Scottish Certificate of Education, 1962
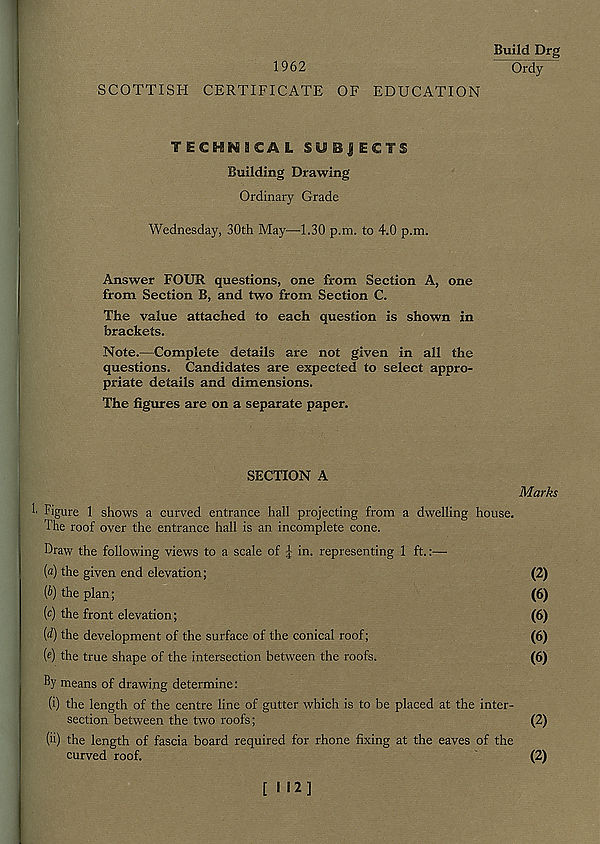
Build Drg
1962
Ordy
SCOTTISH CERTIFICATE OF EDUCATION
TICKWaCAL SUBJECTS
Building Drawing
Ordinary Grade
Wednesday, 30th May—1.30 p.m. to 4.0 p.m.
Answer FOUR questions, one from Section A, one
from Section B, and two from Section C.
The value attached to each question is shown in
brackets.
Note.—Complete details are not given in all the
questions. Candidates are expected to select appro-
priate details and dimensions.
The figures are on a separate paper.
SECTION A
Marks
Figure 1 shows a curved entrance hall projecting from a dwelling house.
The roof over the entrance hall is an incomplete cone.
Draw the following views to a scale of -j ; - in. representing 1 ft.:—
[a) the given end elevation;
(2)
{b) the plan;
(6)
i c ) the front elevation;
(6)
{d) the development of the surface of the conical roof;
(6)
( e ) the true shape of the intersection between the roofs.
(6)
% means of drawing determine:
(i) the length of the centre line of gutter which is to be placed at the inter-
section between the two roofs;
(2)
(ii) the length of fascia board required for rhone fixing at the eaves of the
curved roof.
(2)
[H2]